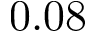
0 . 0 8